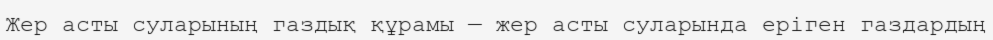
Жер асты суларының газдық құрамы — жер асты суларында еріген газдардың